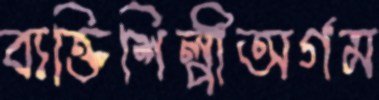
ব্যক্তিশিল্পীঅর্গম